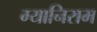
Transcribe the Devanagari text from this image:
ग्यानिराम